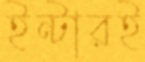
ইন্টারই